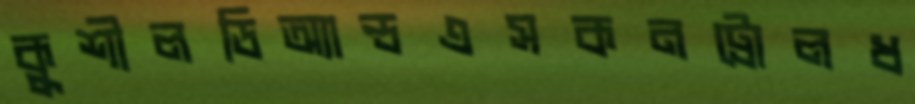
কুশীলডিঅ্যান্ডএসকনট্রোলধ